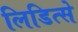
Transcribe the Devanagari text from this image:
लिडित्से